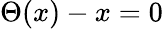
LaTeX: \Theta(x)-x=0